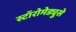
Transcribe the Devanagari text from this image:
स्टॉरोमेड्युसे